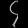
Digit: ၄